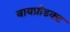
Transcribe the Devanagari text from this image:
बायप्रोडक्ट